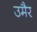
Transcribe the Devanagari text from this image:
उमैर